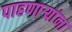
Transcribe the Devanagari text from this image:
पाहणाऱ्यांना